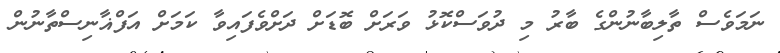
ނަމަވެސް ތާލިބާނުންގެ ބާރު މި ދުވަސްކޮޅު ވަރަށް ބޮޑަށް ދަށްވެފައިވާ ކަމަށް އަފްޣާނިސްތާނުން